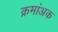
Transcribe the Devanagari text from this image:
क्रमांअक